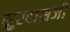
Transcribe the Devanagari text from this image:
सुरदासजी